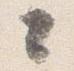
々